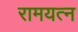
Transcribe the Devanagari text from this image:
रामयत्न